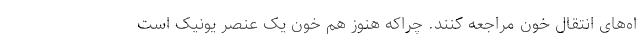
اه‌های انتقال خون مراجعه کنند. چراکه هنوز هم خون یک عنصر یونیک است